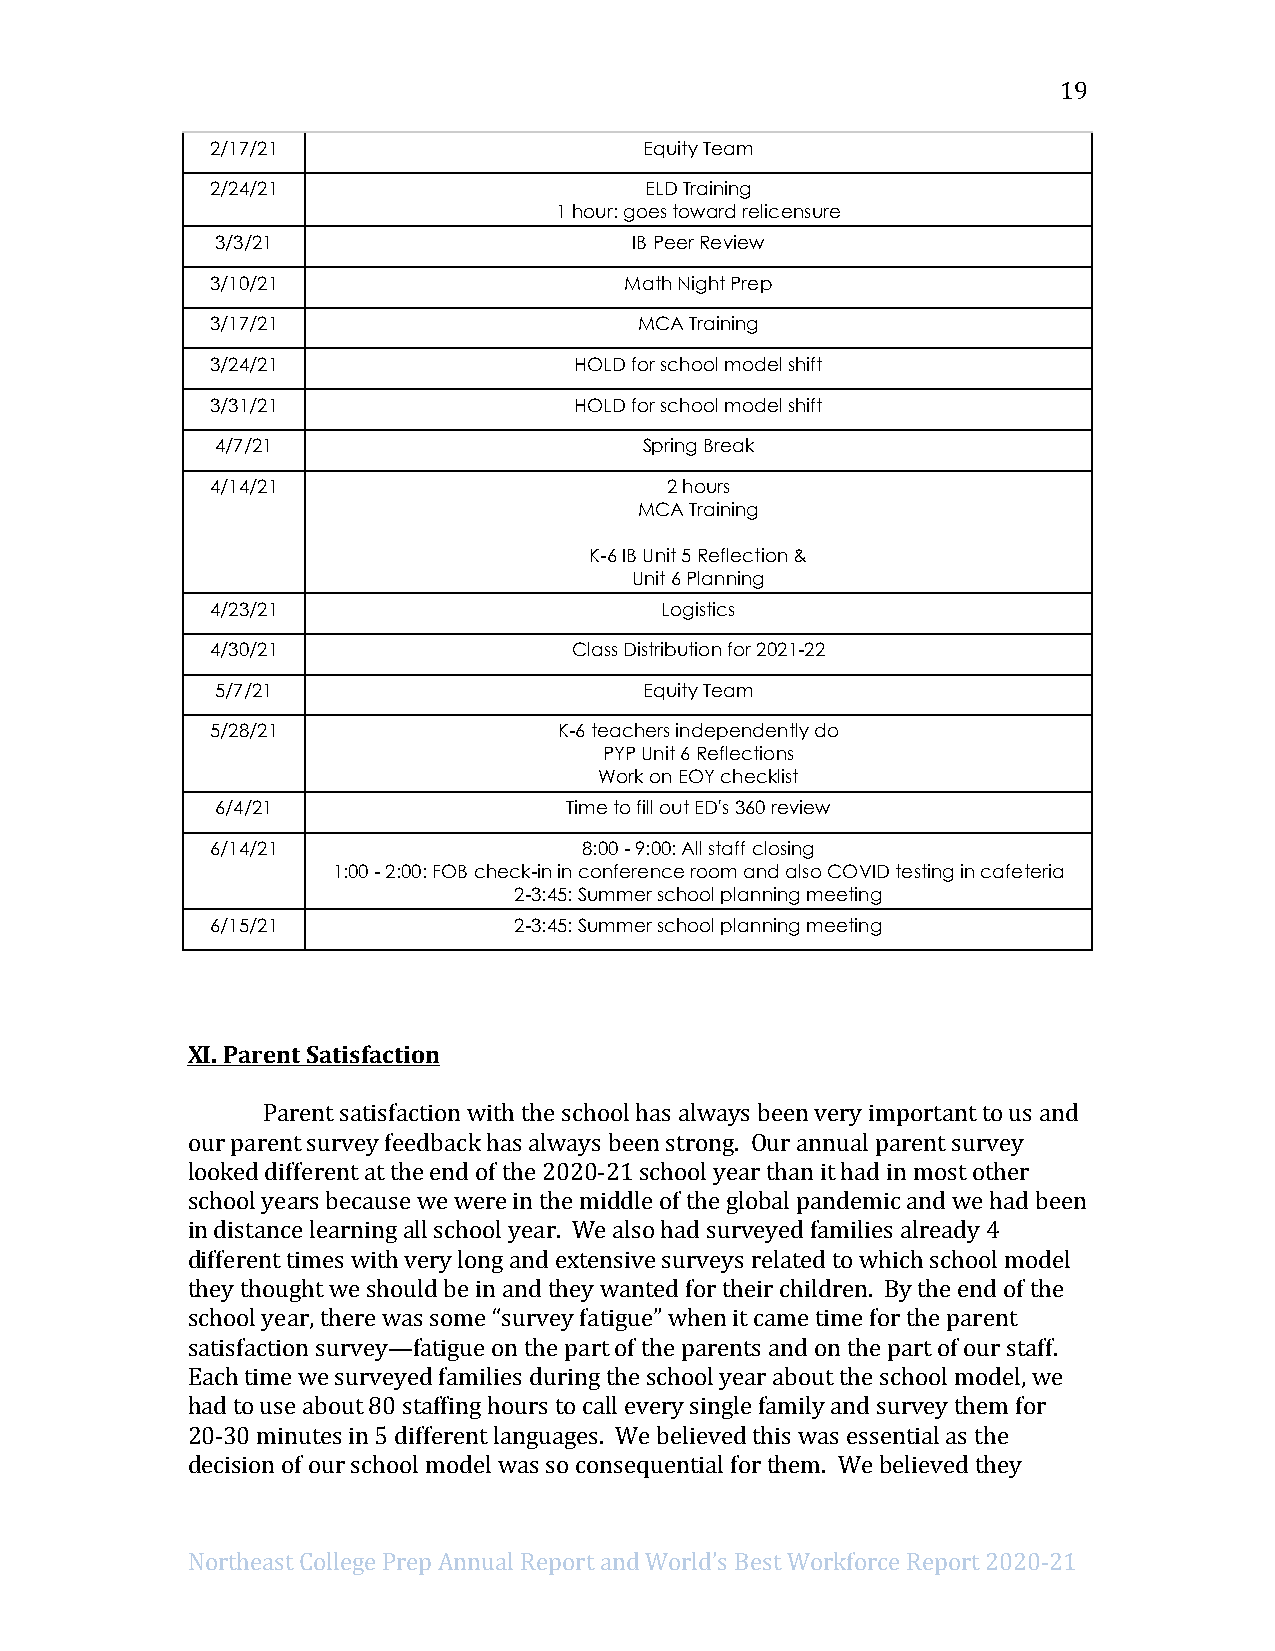
19
 2/17/21                      Equity Team
 2/24/21                      ELD Training
 1 hour: goes toward relicensure
 3/3/21                      IB Peer Review
 3/10/21                    Math Night Prep
 3/17/21                     MCA Training
 3/24/21                 HOLD for school model shift
 3/31/21                 HOLD for school model shift
 4/7/21                       Spring Break
 4/14/21                       2 hours
 MCA Training
 K-6 IB Unit 5 Reflection &
 Unit 6 Planning
 4/23/21                       Logistics
 4/30/21                 Class Distribution for 2021-22
 5/7/21                       Equity Team
 5/28/21                K-6 teachers independently do
 PYP Unit 6 Reflections
 Work on EOY checklist
 6/4/21                 Time to fill out ED's 360 review
 6/14/21                  8:00 - 9:00: All staff closing
 1:00 - 2:00: FOB check-in in conference room and also COVID testing in cafeteria
 2-3:45: Summer school planning meeting
 6/15/21             2-3:45: Summer school planning meeting
 XI. Parent Satisfaction
 Parent satisfaction with the school has always been very important to us and
 our parent survey feedback has always been strong. Our annual parent survey
 looked different at the end of the 2020-21 school year than it had in most other
 school years because we were in the middle of the global pandemic and we had been
 in distance learning all school year. We also had surveyed families already 4
 different times with very long and extensive surveys related to which school model
 they thought we should be in and they wanted for their children. By the end of the
 school year, there was some “survey fatigue” when it came time for the parent
 satisfaction survey—fatigue on the part of the parents and on the part of our staff.
 Each time we surveyed families during the school year about the school model, we
 had to use about 80 staffing hours to call every single family and survey them for
 20-30 minutes in 5 different languages. We believed this was essential as the
 decision of our school model was so consequential for them. We believed they
 Northeast College Prep Annual Report and World’s Best Workforce Report 2020-21